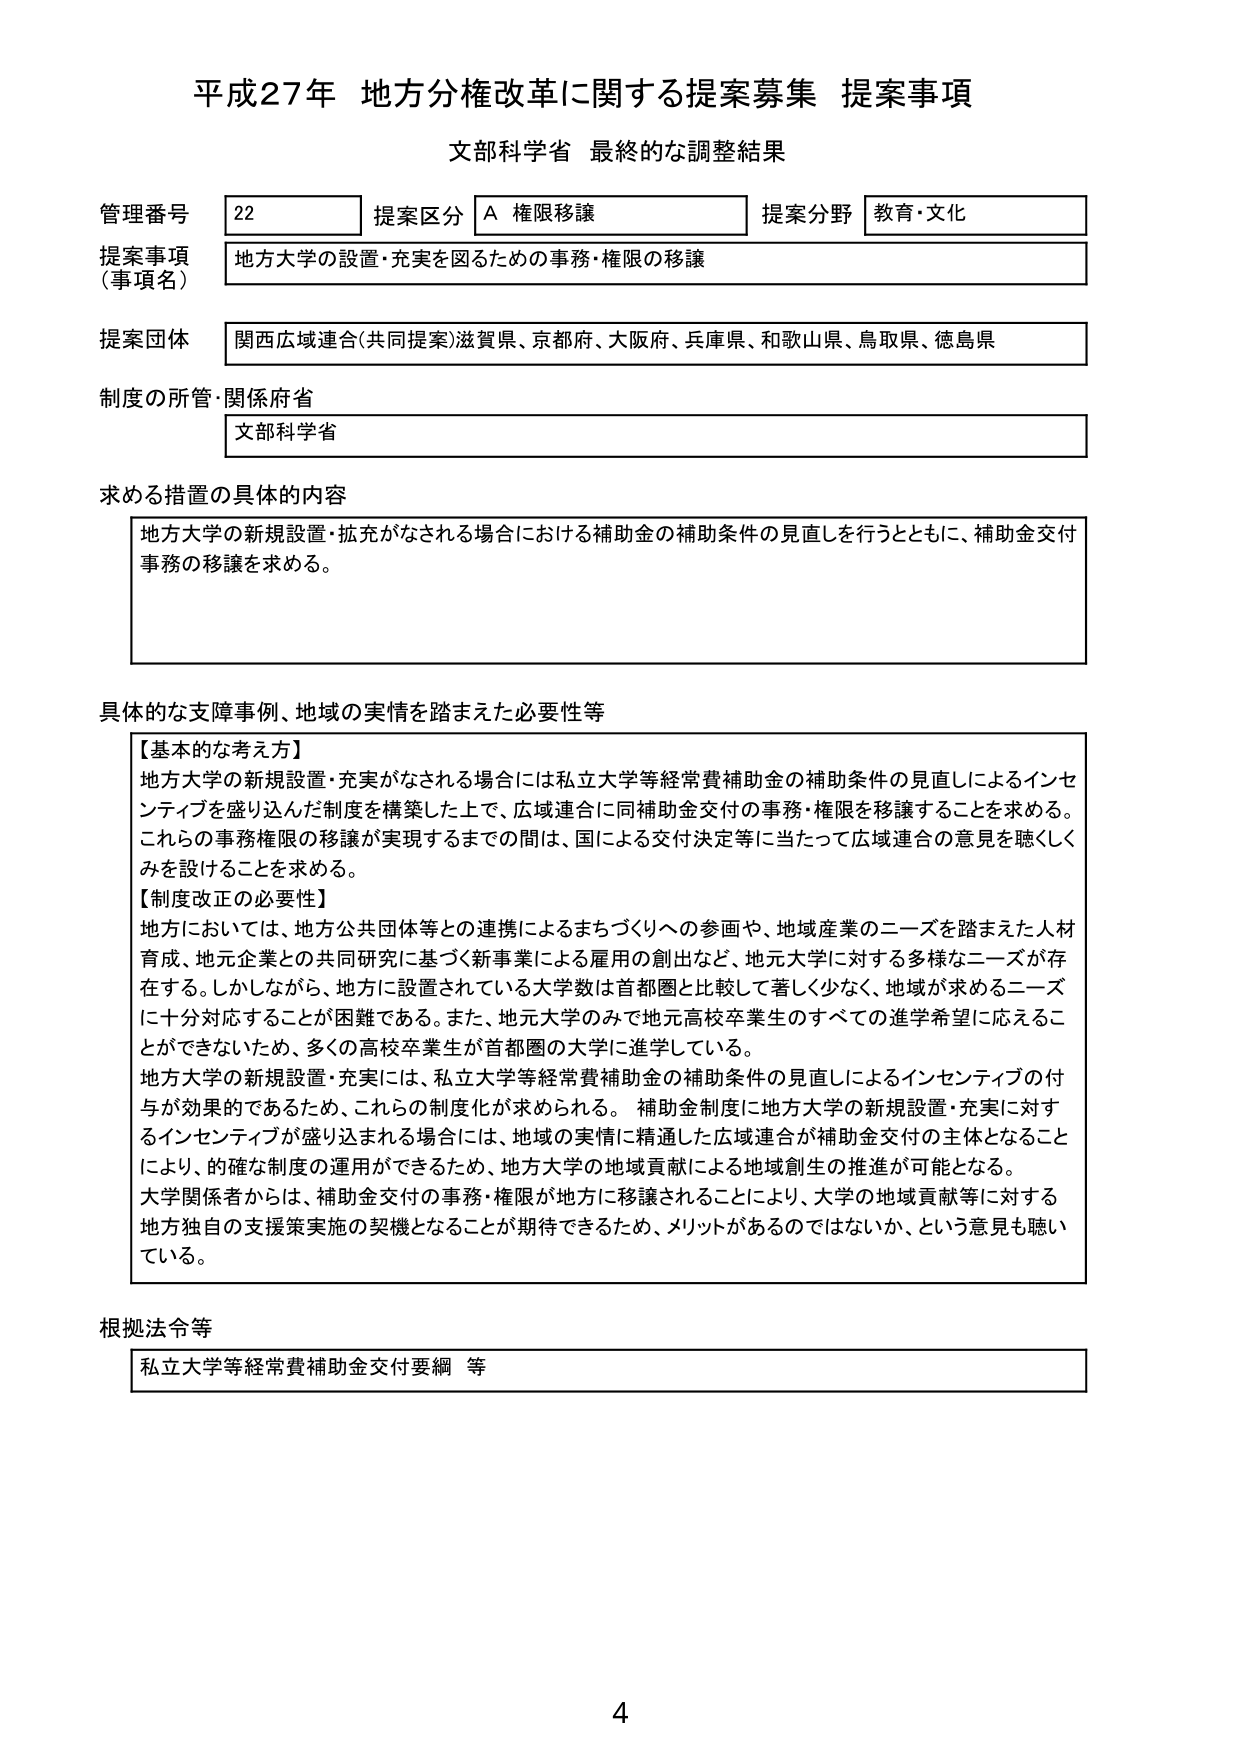
平成27年 地方分権改革に関する提案募集 提案事項
文部科学省 最終的な調整結果

管理番号 22
提案区分 A 権限移譲
提案分野 教育・文化

提案事項（事項名）
地方大学の設置・充実を図るための事務・権限の移譲

提案団体
関西広域連合（共同提案）滋賀県、京都府、大阪府、兵庫県、和歌山県、鳥取県、徳島県

制度の所管・関係府省
文部科学省

求める措置の具体的内容
地方大学の新規設置・拡充がなされる場合における補助金の補助条件の見直しを行うとともに、補助金交付事務の移譲を求める。

具体的な支障事例、地域の実情を踏まえた必要性等
【基本的な考え方】
地方大学の新規設置・充実がなされる場合には私立大学等経常費補助金の補助条件の見直しによるインセンティブを盛り込んだ制度を構築した上で、広域連合に同補助金交付の事務・権限を移譲することを求める。これらの事務権限の移譲が実現するまでの間は、国による交付決定等に当たって広域連合の意見を聴くのみを設けることを求める。

【制度改正の必要性】
地方においては、地方公共団体等との連携によるまちづくりへの参画や、地域産業のニーズを踏まえた人材育成、地元企業との共同研究に基づく新事業による雇用の創出など、地元大学に対する多様なニーズが存在する。しかしながら、地方に設置されている大学数は首都圏と比較して著しく少なく、地域が求めるニーズに十分対応することが困難である。また、地元大学のみで地元高校卒業生のすべての進学希望に応えることができないため、多くの高校卒業生が首都圏の大学に進学している。
地方大学の新規設置・充実には、私立大学等経常費補助金の補助条件の見直しによるインセンティブの付与が効果的であるため、これらの制度化が求められる。補助金制度に地方大学の新規設置・充実に対するインセンティブが盛り込まれる場合には、地域の実情に精通した広域連合が補助金交付の主体となることにより、的確な制度の運用ができるため、地方大学の地域貢献による地域創生の推進が可能となる。
大学関係者からは、補助金交付の事務・権限が地方に移譲されることにより、大学の地域貢献等に対する地方独自の支援策実施の契機となることが期待できるため、メリットがあるのではないか、という意見も聴いている。

根拠法令等
私立大学等経常費補助金交付要綱 等

4